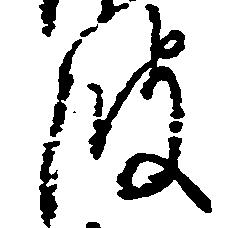
波